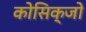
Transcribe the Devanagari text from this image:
कोसिक्जो